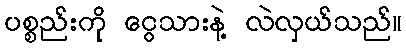
ပစ္စည်းကို ငွေသားနဲ့ လဲလှယ်သည်။